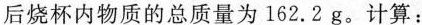
后烧杯内物质的总质量为162.2g。计算：